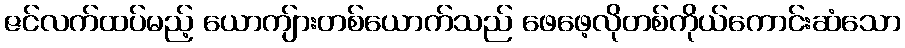
ဇင်လက်ထပ်မည့် ယောကျ်ားတစ်ယောက်သည် ဖေဖေ့လိုတစ်ကိုယ်ကောင်းဆံသော